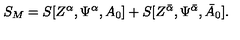
S _ { M } = S [ Z ^ { \alpha } , \Psi ^ { \alpha } , A _ { 0 } ] + S [ Z ^ { { \bar { \alpha } } } , \Psi ^ { { \bar { \alpha } } } , { \bar { A } } _ { 0 } ] .